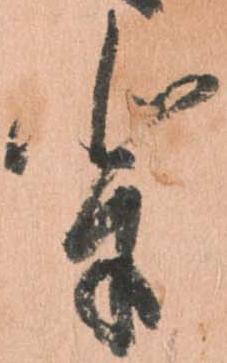
輩